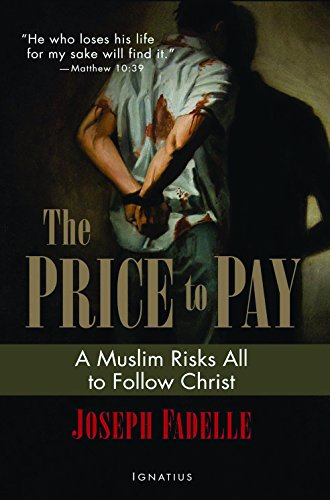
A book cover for The Price to Pay: A Muslim Risks All to Follow Christ; Joseph Fadelle; Religion & Spirituality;